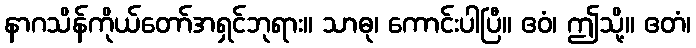
နာဂသိန်ကိုယ်တော်အရှင်ဘုရား။ သာဓု၊ ကောင်းပါပြီ။ ဧဝံ၊ ဤသို့။ ဧတံ၊